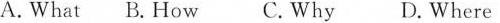
A.What B. How C.Why D.Where